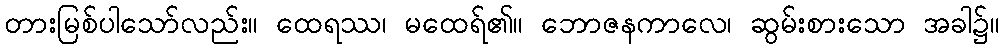
တားမြစ်ပါသော်လည်း။ ထေရဿ၊ မထေရ်၏။ ဘောဇနကာလေ၊ ဆွမ်းစားသော အခါ၌။